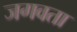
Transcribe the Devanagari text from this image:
जगवता